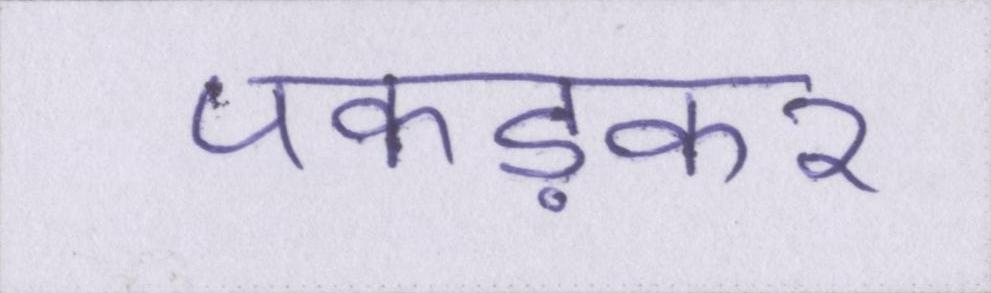
पकड़कर